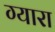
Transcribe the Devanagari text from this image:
ग्यारा